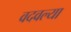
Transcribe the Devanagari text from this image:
वदवल्या